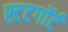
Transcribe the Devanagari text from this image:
स्टटगॉर्ट